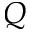
Q